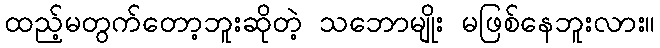
ထည့်မတွက်တော့ဘူးဆိုတဲ့ သဘောမျိုး မဖြစ်နေဘူးလား။